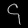
Digit: ၄